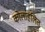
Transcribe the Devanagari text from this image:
कोलाहलित